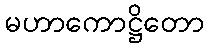
မဟာကောဋ္ဌိတော